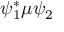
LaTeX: \psi _ { 1 } ^ { * } \mu \psi _ { 2 }